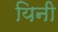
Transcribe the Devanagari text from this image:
यिनी